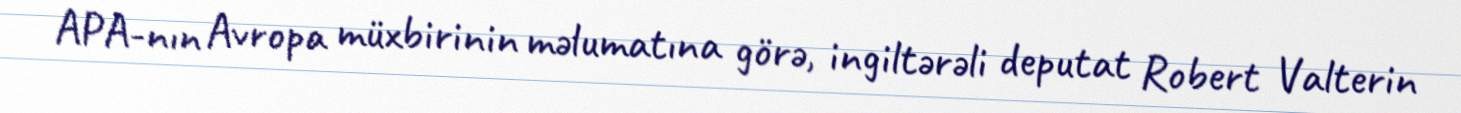
APA-nın Avropa müxbirinin məlumatına görə, ingiltərəli deputat Robert Valterin